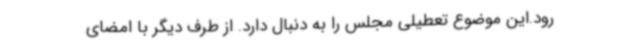
‌رود.این موضوع تعطیلی مجلس را به دنبال دارد. از طرف دیگر با امضای